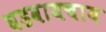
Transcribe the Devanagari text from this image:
घडवायचाय